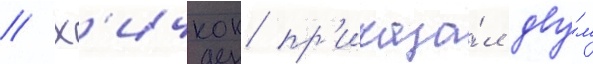
// Х'ичкок пр'иказа́л дву́м